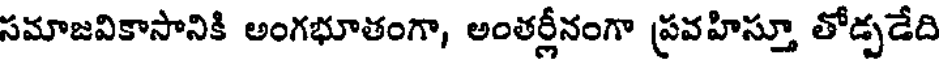
సమాజవికాసానికి అంగభూతంగా, అంతర్లీనంగా ప్రవహిస్తూ తోడ్పడేది